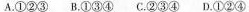
A.①②③B.①③④C.②③④D.①②④